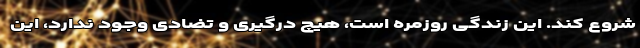
شروع کند. این زندگی روزمره است، هیچ درگیری و تضادی وجود ندارد، این